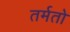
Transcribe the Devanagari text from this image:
तर्मतो